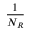
\frac { 1 } { N _ { R } }